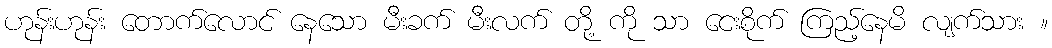
ဟုန်းဟုန်း တောက်လောင် နေသော မီးခက် မီးလက် တို့ ကို သာ ငေးစိုက် ကြည့်နေမိ လျက်သား ။